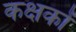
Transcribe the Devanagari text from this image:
कक्षकों